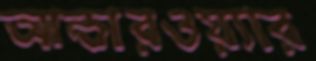
আন্ডারওয়্যার